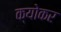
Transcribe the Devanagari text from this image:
क्योकर